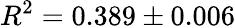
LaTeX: R^{2}=0.389\pm 0.006